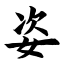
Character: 姿